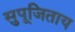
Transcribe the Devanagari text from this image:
सुपूजिताय